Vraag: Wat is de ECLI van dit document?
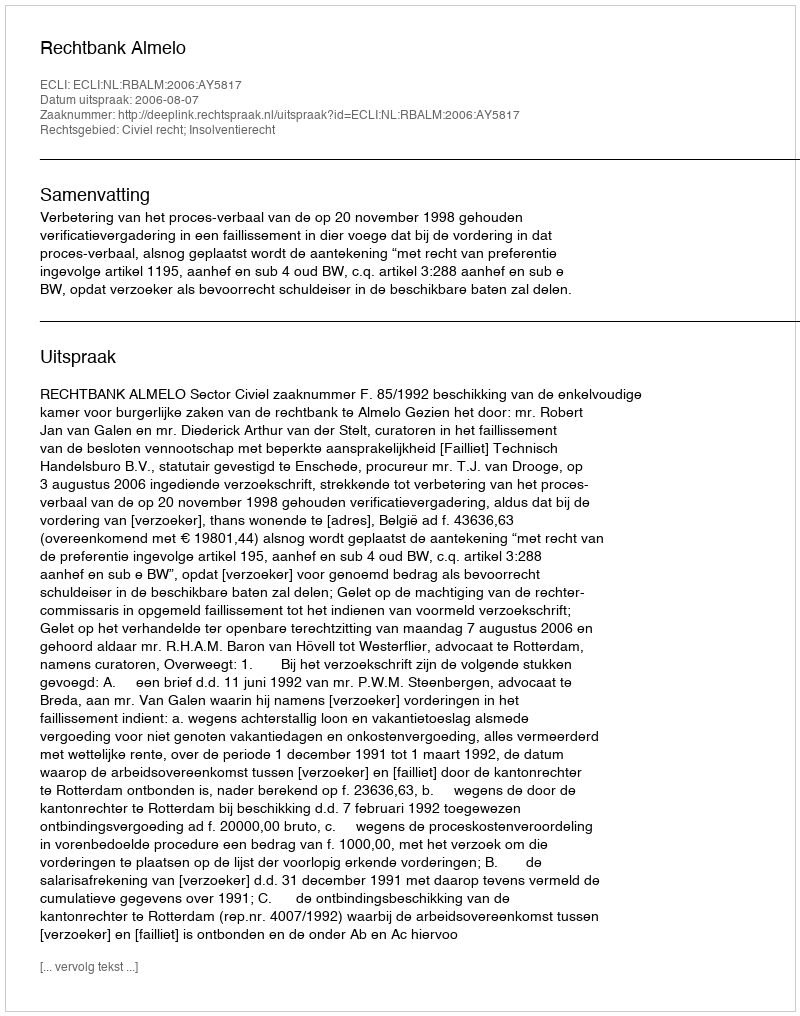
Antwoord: ECLI:NL:RBALM:2006:AY5817